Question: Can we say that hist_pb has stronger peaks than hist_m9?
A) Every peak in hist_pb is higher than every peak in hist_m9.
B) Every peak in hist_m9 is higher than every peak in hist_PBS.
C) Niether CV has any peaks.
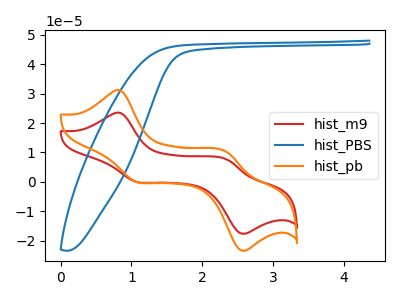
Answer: <think>The red curve "hist_m9" has anodic peaks at (0.85V, 23.45uA) (2.35V, 7.70uA) and cathodic peaks at (1.05V, -0.05uA) (2.55V, -17.50uA). The blue curve "hist_PBS" has no peaks. The orange curve "hist_pb" has anodic peaks at (0.85V, 31.10uA) (2.35V, 10.20uA) and cathodic peaks at (1.05V, -0.05uA) (2.55V, -23.25uA).</think>
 <answer>A) Every peak in "hist_pb" is higher than every peak in "hist_m9".</answer>
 <eval>A</eval>